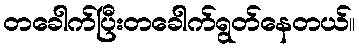
တခေါက်ပြီးတခေါက်ရွတ်နေတယ်။